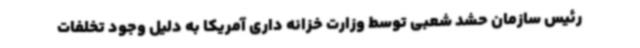
رئیس سازمان حشد شعبی توسط وزارت خزانه داری آمریکا به دلیل وجود تخلفات